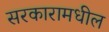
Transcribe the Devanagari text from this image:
सरकारामधील